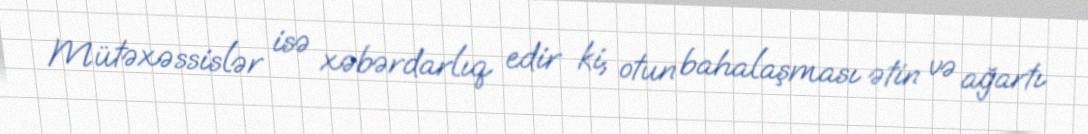
Mütəxəssislər isə xəbərdarlıq edir ki, otun bahalaşması ətin və ağartı